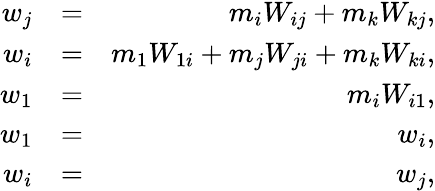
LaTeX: \begin{array}{rlr}{w_{j}}&{=}&{m_{i}W_{ij}+m_{k}W_{kj},}\\ {w_{i}}&{=}&{m_{1}W_{1i}+m_{j}W_{ji}+m_{k}W_{ki},}\\ {w_{1}}&{=}&{m_{i}W_{i1},}\\ {w_{1}}&{=}&{w_{i},}\\ {w_{i}}&{=}&{w_{j},}\end{array}